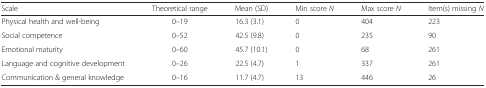
| Scale | Theoretical range | Mean (SD) | Min score N | Max score N | Item(s) missing N |
 | --- | --- | --- | --- | --- | --- |
 | Physical health and well-being | 0–19 | 16.3 (3.1) | 0 | 404 | 223 |
 | Social competence | 0–52 | 42.5 (9.8) | 0 | 235 | 90 |
 | Emotional maturity | 0–60 | 45.7 (10.1) | 0 | 68 | 261 |
 | Language and cognitive development | 0–26 | 22.5 (4.7) | 1 | 337 | 261 |
 | Communication & general knowledge | 0–16 | 11.7 (4.7) | 13 | 446 | 26 |